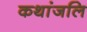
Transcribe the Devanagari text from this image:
कथांजलि